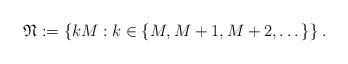
LaTeX: \begin{align*} \mathfrak{N}:=\{kM:k\in\{M,M+1,M+2,\dots\}\}\:.\end{align*}